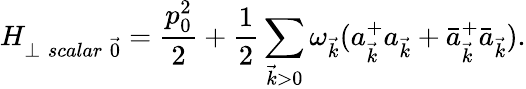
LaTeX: H_{\perp\; scalar\; \vec{0}}=\frac{p_{0}^{2}}{2}+\frac{1}{2}\sum_{\vec{k}>0}\omega_{\vec{k}}(a_{\vec{k}}^{+}a_{\vec{k}}+\bar{a}_{\vec{k}}^{+}\bar{a}_{\vec{k}}).